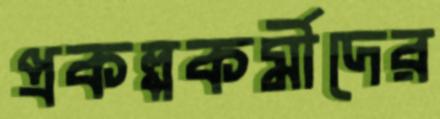
প্রকল্পকর্মীদের